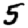
Digit: 5